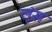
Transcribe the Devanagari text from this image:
लूंस